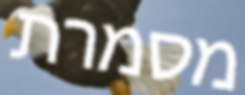
מסמרת